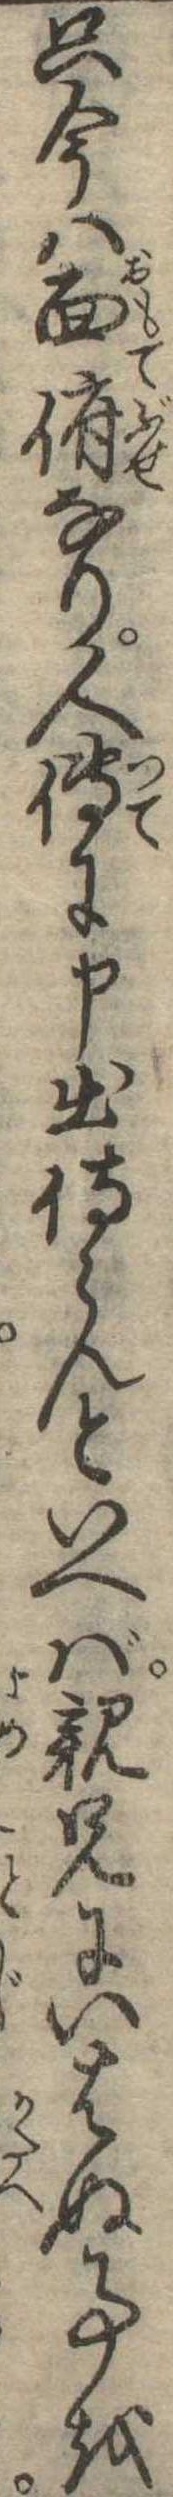
只今は面俯なり人傅に申出侍らんといへば親兄にいはぬ事を